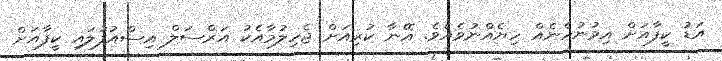
އަޑު ކީފާއަށް އިވުނުހެނެއް ހިޔެއްނުވެއެވެ. އޭނާ ކުރިއަށް ޖެހިލުމާއެކު އަރްސަލް އިސްއުފުލައި ކީފާއަށް